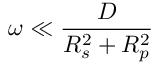
\omega \ll \frac { D } { R _ { s } ^ { 2 } + R _ { p } ^ { 2 } }